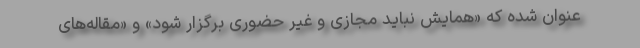
عنوان شده که «همایش نباید مجازی و غیر حضوری برگزار شود» و «مقاله‌های